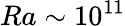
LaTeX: Ra\sim 10^{11}